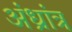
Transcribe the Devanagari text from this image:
अंध्रांत्र